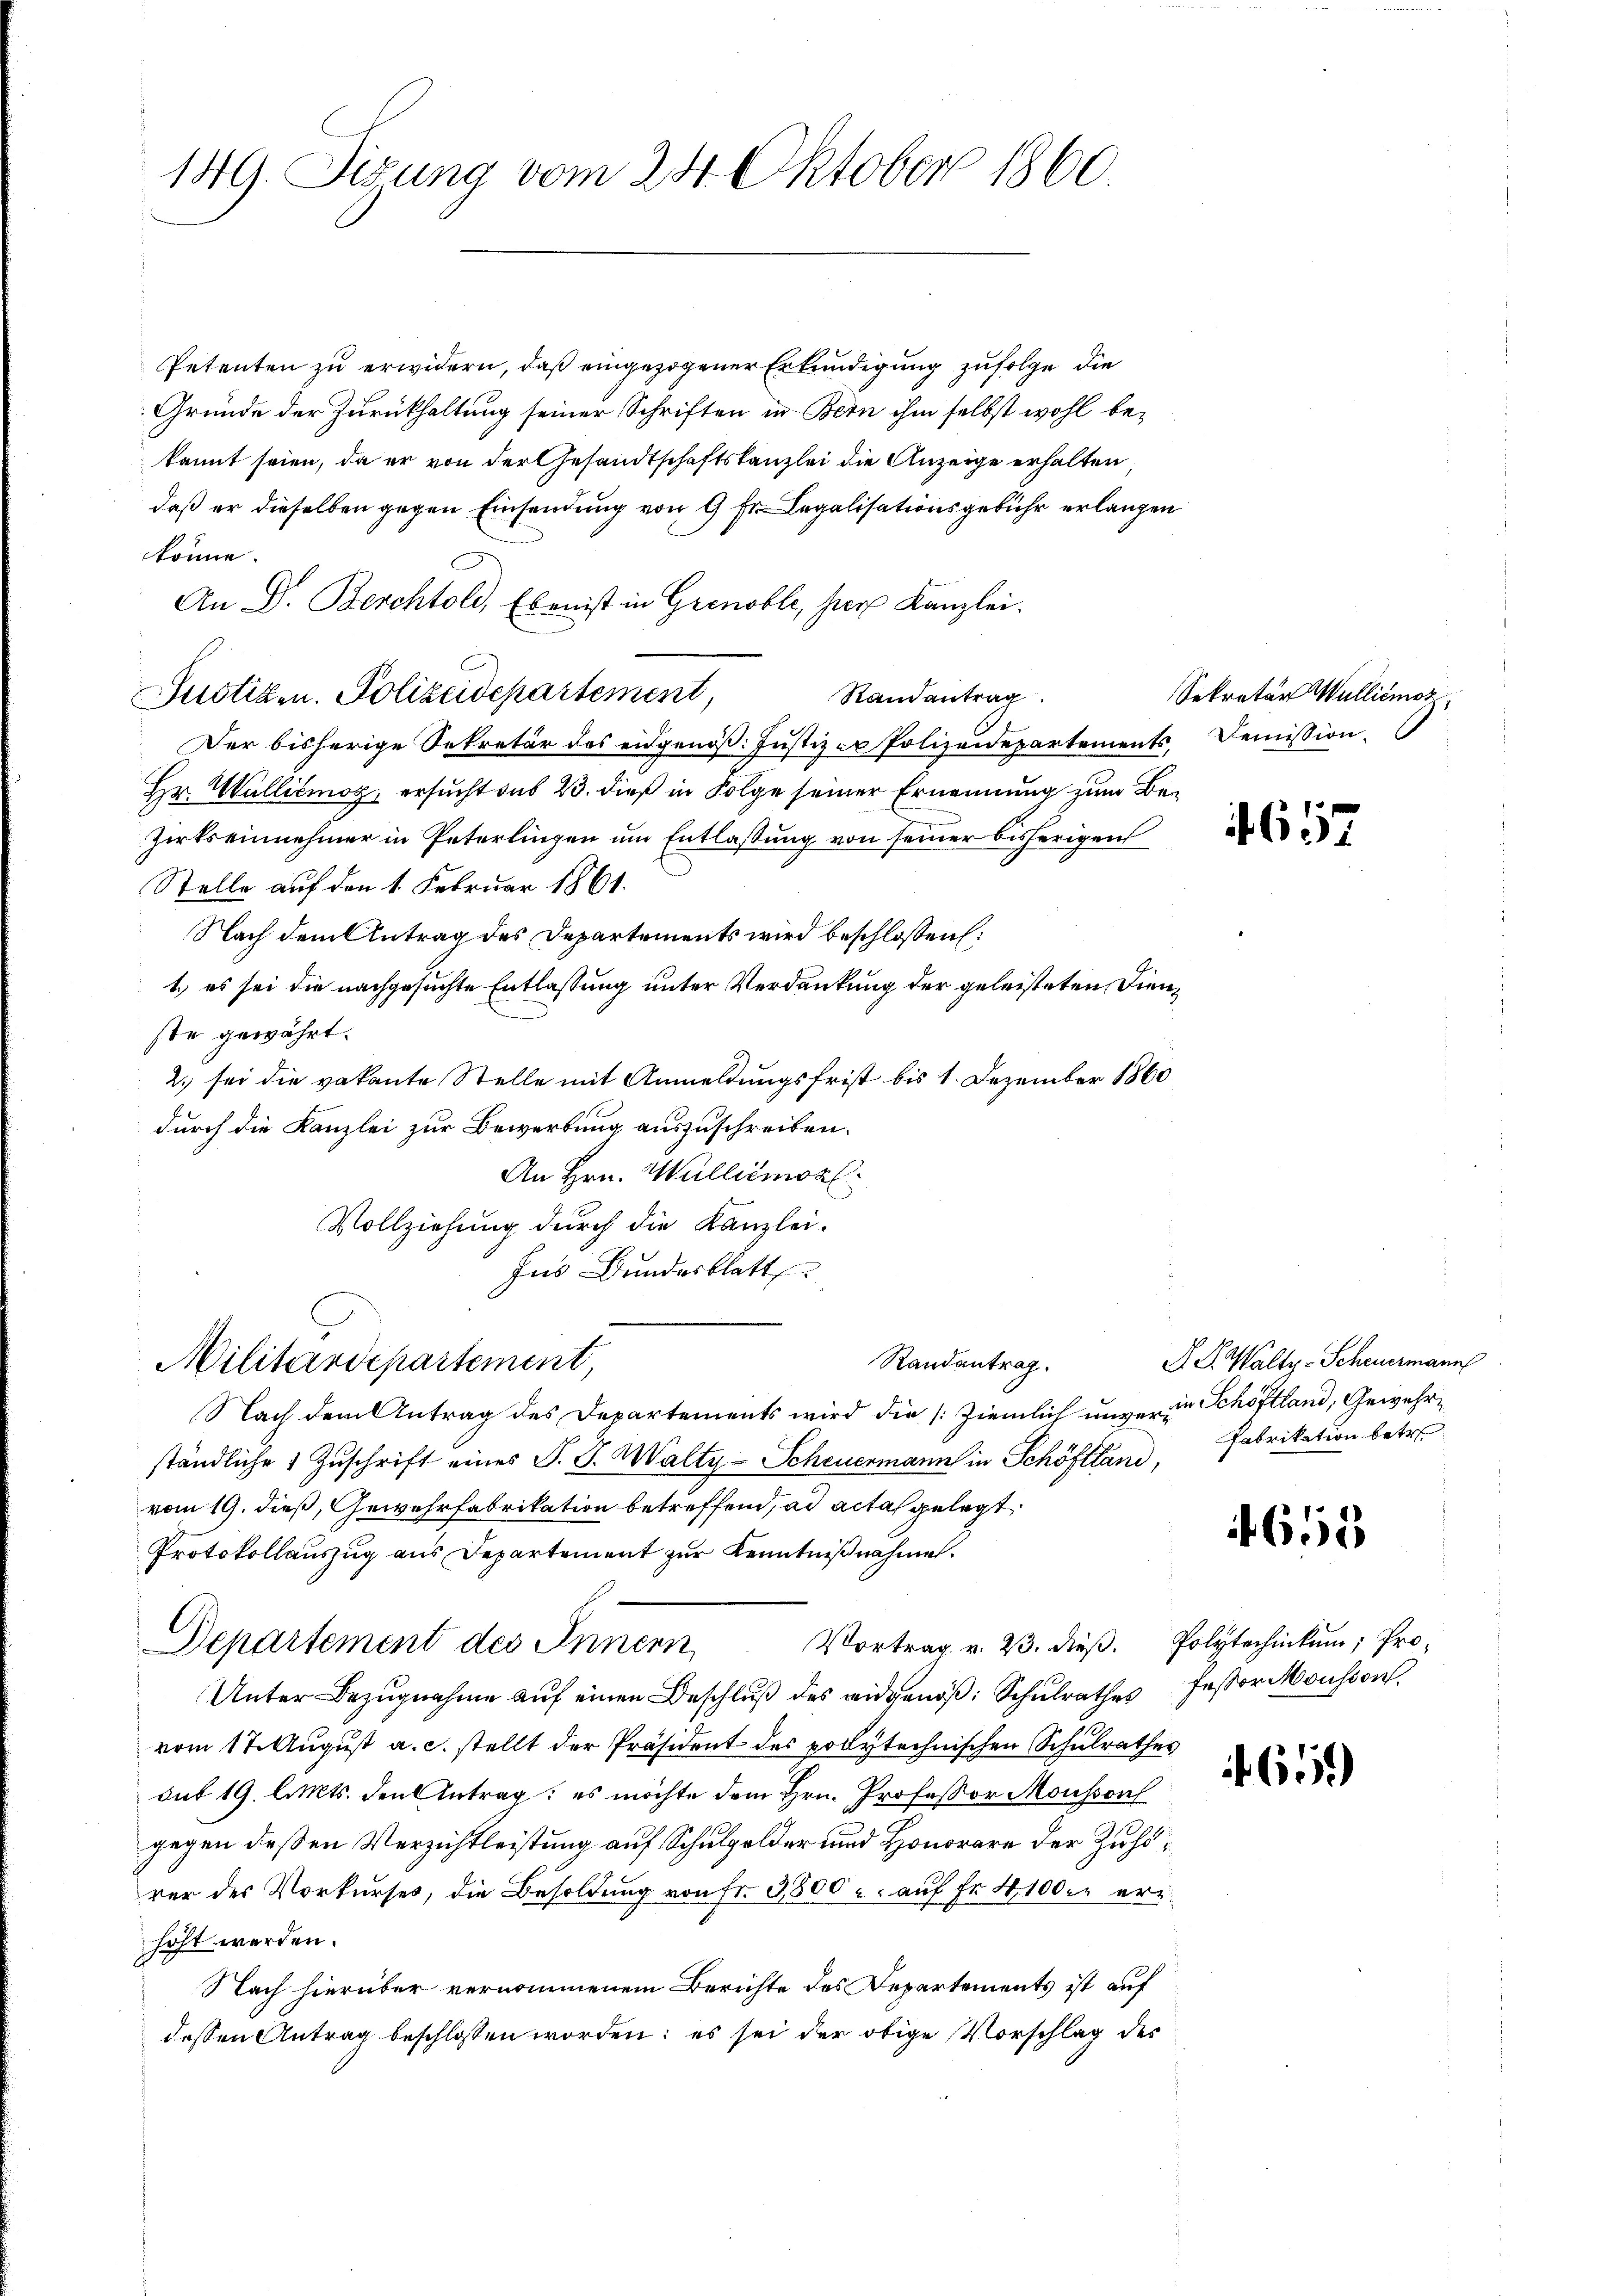
149. Sizung vom 24. Oktober 1860

Petenten zu erwidern, daß eingezogener Erkundigung zufolge die
Gründe der Zurückhaltung seiner Schriften in Bern ihm selbst wohl bekannt seien, da er von der Gesandtschaftskanzlei die Anzeige erhalten,
daß er dieselben gegen Einsendung von 9 Fr. Legalisationsgebühr erlangen
könne.
An Dr. Berchtold, Eben ist in Grenoble, hier Kanzlei.
Randantrag
Der bisherige Sekretär des eidgenöß: Justiz - Polizeidepartements, Demission
Hr. Walliémog, ersucht das 23. dieß in Folge seiner Ernennung zum Be¬
Zirkseinnehmer in Peterlingen um Entlassung von seiner bisherigen
Stelle auf den 1. Februar 1861.
Nach dem Antrag des Departements wird beschlossen:
1.) es sei die nachgesuchte Entlassung unter Verdankung der geleisteten Dienste gewährt.
2.) sei die vakante Stelle mit Anmeldungsfrist bis 1. Dezember 1860
durch die Kanzlei zur Bewerbung auszuschreiben.
An Hrn. Walliémozl.
Vollziehung durch die Kanzlei¬
Ins Bundesblatt
Randantrag.
Militärdepartement,
Nach dem Antrag des Departements wird die Ziemlich unverein Schöftland, Gewehrständliche 1 Zuschrift eines P. J. Walty-Scheuermann in Schöffland, Fabrikation betre
vom 19. dieß, Gewehrfabrikation betreffend, ad acta gelegt,
Protokollauszug aus Departement zur Kenntnißnahme.
Vortrag v. 23. dieß. Polytechinkum; Pro¬
Departement des Innern
Unter Bezugnahme auf einen Beschluß des eidgenöß: Schulrathes fessor Monsion,
vom 17. August a. c. stellt der Präsident des polytechnischen Schulrathes
sub 19. lits. den Antrag; es möchte dem Hrn. Professor Mousson
gegen deßen Verzichtleistung auf Schulgelder und Honorare der Zuhörer des Vorkurses, die Besoldung von Fr. 3300. auf Fr. 4100. erhöht werden.
Nach hierüber vernommenem Berichte des Departements ist auf
dessen Antrag beschlossen worden; es sei der obige Vorschlag des

Justizen. Polizeidepartement,

Sekretär Mulliemor

657

S. D. Walty-Scheuermann

655

659)